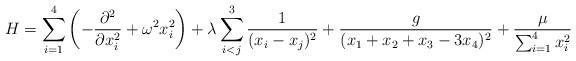
LaTeX: \begin{align*}H=\sum_{i=1}^{4}\left( -\frac{\partial ^{2}}{\partial x_{i}^{2}}+\omega ^{2}x_{i}^{2}\right) +\lambda \sum_{i<j}^3 \frac{1}{(x_{i}-x_{j})^{2}}+\frac{g}{(x_1+x_2+x_3- 3 x_4)^2} +\frac{\mu }{\sum_{i=1}^{4}x_{i}^{2}}\end{align*}